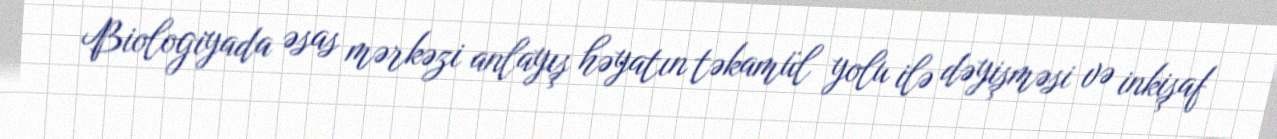
Biologiyada əsas mərkəzi anlayış həyatın təkamül yolu ilə dəyişməsi və inkişaf